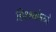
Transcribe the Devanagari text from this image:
हिश्श्यांमध्ये